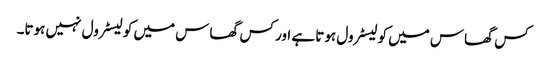
کس گھاس میں کولیسٹرول ہوتا ہے اور کس گھاس میں کولیسٹرول نہیں ہوتا۔